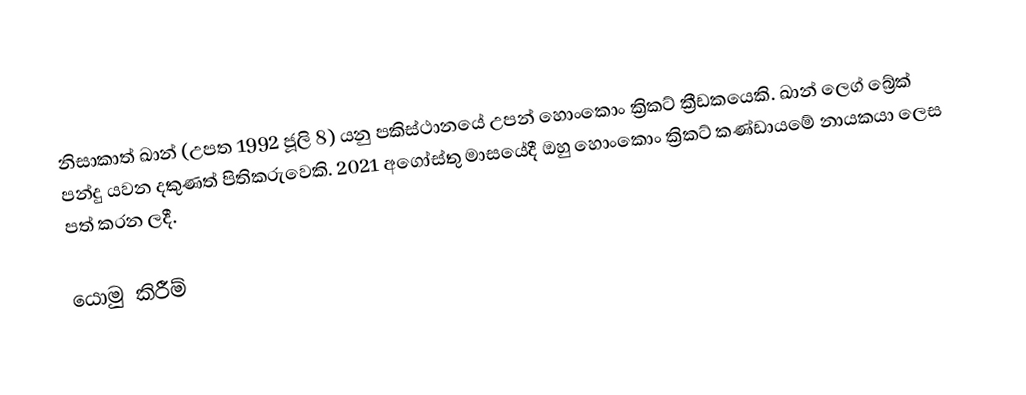
නිසාකාත් ඛාන් (උපත 1992 ජූලි 8) යනු පකිස්ථානයේ උපන් හොංකොං ක්‍රිකට් ක්‍රීඩකයෙකි. ඛාන් ලෙග් බ්‍රේක් පන්දු යවන දකුණත් පිතිකරුවෙකි. 2021 අගෝස්තු මාසයේදී ඔහු හොංකොං ක්‍රිකට් කණ්ඩායමේ නායකයා ලෙස පත් කරන ලදී.

යොමු කිරීම්